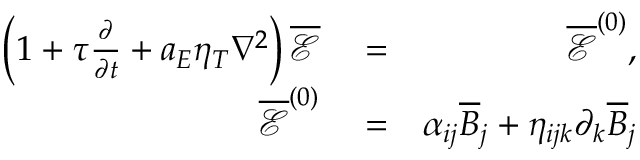
\begin{array} { r l r } { \left( 1 + \tau \frac { \partial } { \partial t } + a _ { E } \eta _ { T } \nabla ^ { 2 } \right) \overline { { \boldsymbol { \mathcal { E } } } } } & { { } = } & { \overline { { \boldsymbol { \mathcal { E } } } } ^ { ( 0 ) } , } \\ { \overline { { \boldsymbol { \mathcal { E } } } } ^ { ( 0 ) } } & { { } = } & { \alpha _ { i j } \overline { { B } } _ { j } + \eta _ { i j k } \partial _ { k } \overline { { B } } _ { j } } \end{array}